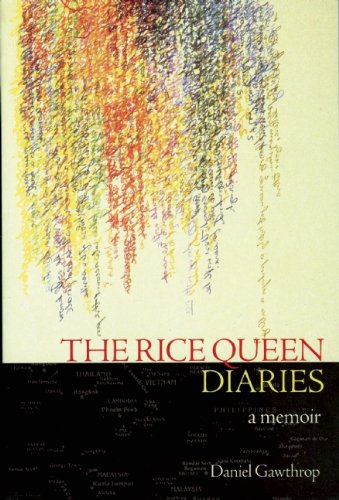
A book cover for The Rice Queen Diaries; Daniel Gawthrop; Gay & Lesbian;